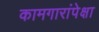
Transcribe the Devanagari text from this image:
कामगारांपेक्षा